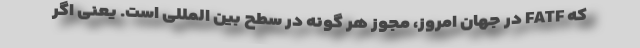
که FATF در جهان امروز، مجوز هر گونه در سطح بین المللی است. یعنی اگر